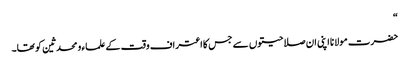
“
حضرت مولانا اپنی ان صلاحیتوں سے جس کا اعتراف وقت کے علماء و محدثین کو تھا۔